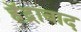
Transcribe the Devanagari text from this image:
हॅद्राबाद